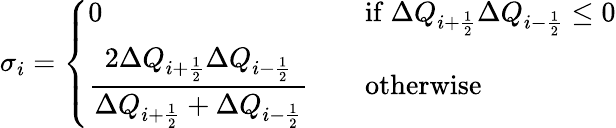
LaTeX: \sigma_{i}=\left\{ \begin{array}{ll}{\displaystyle{0}\quad\quad\quad}&{\mathrm{if~}\Delta Q_{i+\frac{1}{2}}\Delta Q_{i-\frac{1}{2}}\leq 0}\\ {\displaystyle{\frac{2\Delta Q_{i+\frac{1}{2}}\Delta Q_{i-\frac{1}{2}}}{\Delta Q_{i+\frac{1}{2}}+\Delta Q_{i-\frac{1}{2}}}}\quad}&{\mathrm{otherwise~}}\end{array}\right.